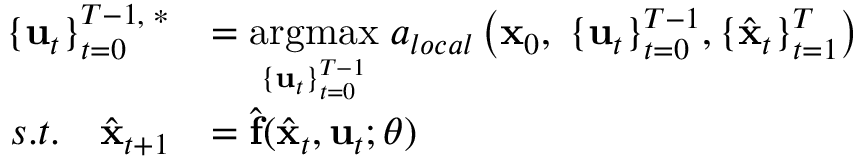
\begin{array} { r l } { \{ \mathbf { u } _ { t } \} _ { t = 0 } ^ { T - 1 , \; * } } & { = \underset { \{ \mathbf { u } _ { t } \} _ { t = 0 } ^ { T - 1 } } { \mathrm { a r g m a x } } \; a _ { l o c a l } \left( \mathbf { x } _ { 0 } , \; \{ \mathbf { u } _ { t } \} _ { t = 0 } ^ { T - 1 } , \{ \hat { \mathbf { x } } _ { t } \} _ { t = 1 } ^ { T } \right) } \\ { s . t . \quad \hat { \mathbf { x } } _ { t + 1 } } & { = \hat { \mathbf { f } } ( \hat { \mathbf { x } } _ { t } , \mathbf { u } _ { t } ; \boldsymbol { \theta } ) } \end{array}